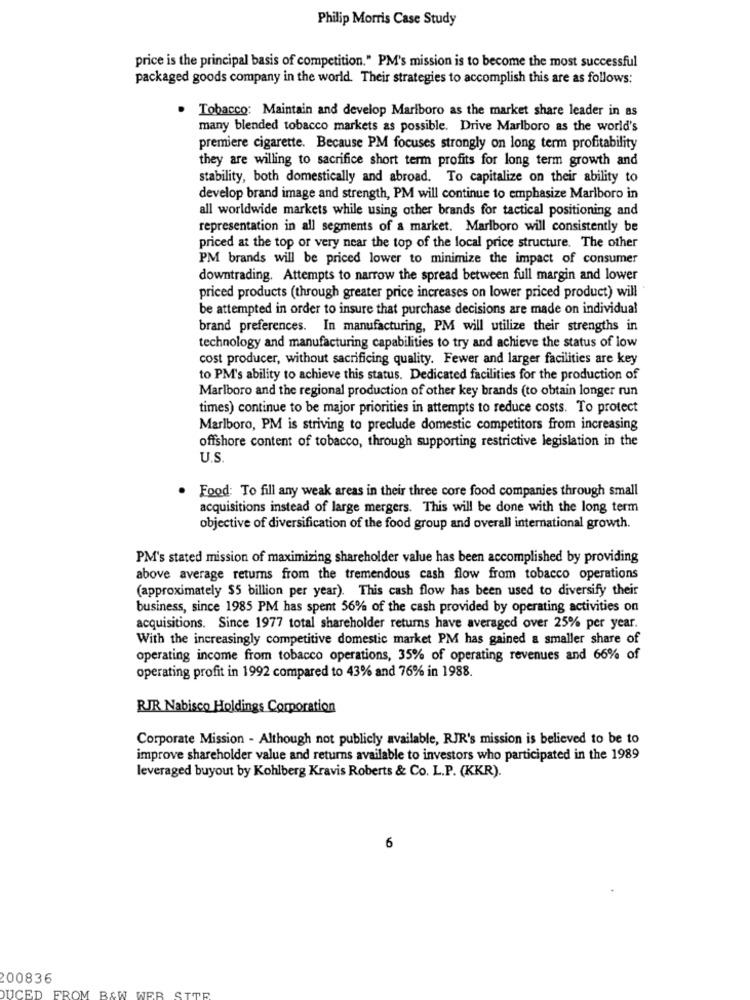
Philip Morris Case Study
price is the principal basis of competition." PM's mission is to become the most successful
packaged goods company in the world. Their strategies to accomplish this are as follows:
Tobacco: Maintain and develop Marlboro as the market share leader in as
many blended tobacco markets as possible. Drive Marlboro as the world's
premiere cigarette. Because PM focuses strongly on long term profitability
they are willing to sacrifice short term profits for long term growth and
stability, both domestically and abroad. To capitalize on their ability to
develop brand image and strength, PM will continue to emphasize Marlboro in
all worldwide markets while using other brands for tactical positioning and
representation in all segments of a market. Marlboro will consistently be
priced at the top of very near the top of the local price structure. The other
PM brands will be priced lower to minimize the impact of consumer
downtrading. Attempts to narrow the spread between full margin and lower
priced products (through greater price increases on lower priced product) will
be attempted in order to insure that purchase decisions are made on individual
brand preferences. In manufacturing, PM will utilize their strengths in
technology and manufacturing capabilities to try and achieve the status of low
cost producer, without sacrificing quality. Fewer and larger facilities are key
to PM's ability to achieve this status. Dedicated facilities for the production of
Marlboro and the regional production of other key brands (to obtain longer run
times) continue to be major priorities in attempts to reduce costs. To protect
Marlboro, PM is striving to preclude domestic competitors from increasing
offshore content of tobacco, through supporting restrictive legislation in the
U.S.
. Food: To fill any weak areas in their three core food companies through small
acquisitions instead of large mergers. This will be done with the long term
objective of diversification of the food group and overall international growth.
PM's stated mission of maximizing shareholder value has been accomplished by providing
above average returns from the tremendous cash flow from tobacco operations
(approximately $5 billion per year). This cash flow has been used to diversify their
business, since 1985 PM has spent 56% of the cash provided by operating activities on
acquisitions. Since 1977 total shareholder returns have averaged over 25% per year.
With the increasingly competitive domestic market PM has gained a smaller share of
operating income from tobacco operations, 35% of operating revenues and 66% of
operating profit in 1992 compared to 43% and 76% in 1988.
RJR Nabisco Holdings Corporation
Corporate Mission - Although not publicly available, RJR's mission is believed to be to
improve shareholder value and returns available to investors who participated in the 1989
leveraged buyout by Kohlberg Kravis Roberts & Co. L.P. (KKR).
6
00836
STRE
DUCED FROM B&W WER